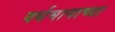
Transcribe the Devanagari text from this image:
वर्धमानाच्या